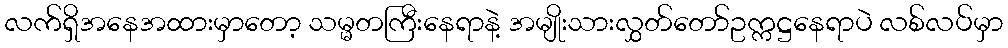
လက်ရှိအနေအထားမှာတော့ သမ္မတကြီးနေရာနဲ့ အမျိုးသားလွှတ်တော်ဥက္ကဋ္ဌနေရာပဲ လစ်လပ်မှာ